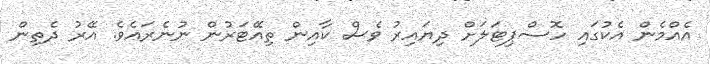
އެއްމެން އެކުގައި ހޮސްޕިޓަލަށް ދިޔައިރު ވެސް ކާއިން ތިއޭޓަރުން ނުނެރައެވެ. އޭރު ދެތިން